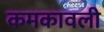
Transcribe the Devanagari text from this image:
कमकावली